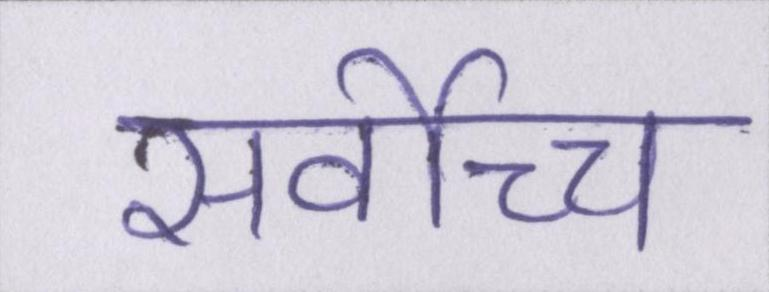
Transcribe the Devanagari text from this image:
सर्वोच्च